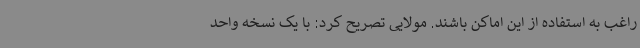
راغب به استفاده از این اماکن باشند. مولایی تصریح کرد: با یک نسخه واحد